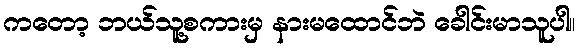
ကတော့ ဘယ်သူ့စကားမှ နားမထောင်ဘဲ ခေါင်းမာသူပါ။